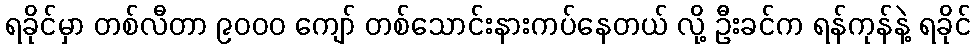
ရခိုင်မှာ တစ်လီတာ ၉၀၀၀ ကျော် တစ်သောင်းနားကပ်နေတယ် လို့ ဦးခင်က ရန်ကုန်နဲ့ ရခိုင်